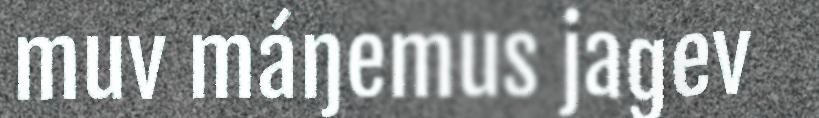
muv máŋemus jagev